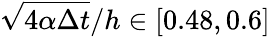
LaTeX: \sqrt{4\alpha\Delta t}/h\in[0.48,0.6]